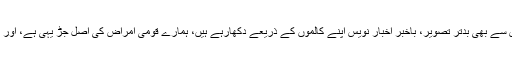
وطنِ عزیز میں اس وقت جو کچھ دیکھنے کو مل رہا ہے اور اس سے بھی بدتر تصویر، باخبر اخبار نویس اپنے کالموں کے ذریعے دکھارہے ہیں، ہمارے قومی امراض کی اصل جڑ یہی ہے، اور اب سنبھلنے کے لیے مزید تاخیر کی گنجائش بھی نہیں رہی ہے۔